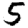
Digit: 5